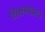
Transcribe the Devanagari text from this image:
शिक्षणावरच